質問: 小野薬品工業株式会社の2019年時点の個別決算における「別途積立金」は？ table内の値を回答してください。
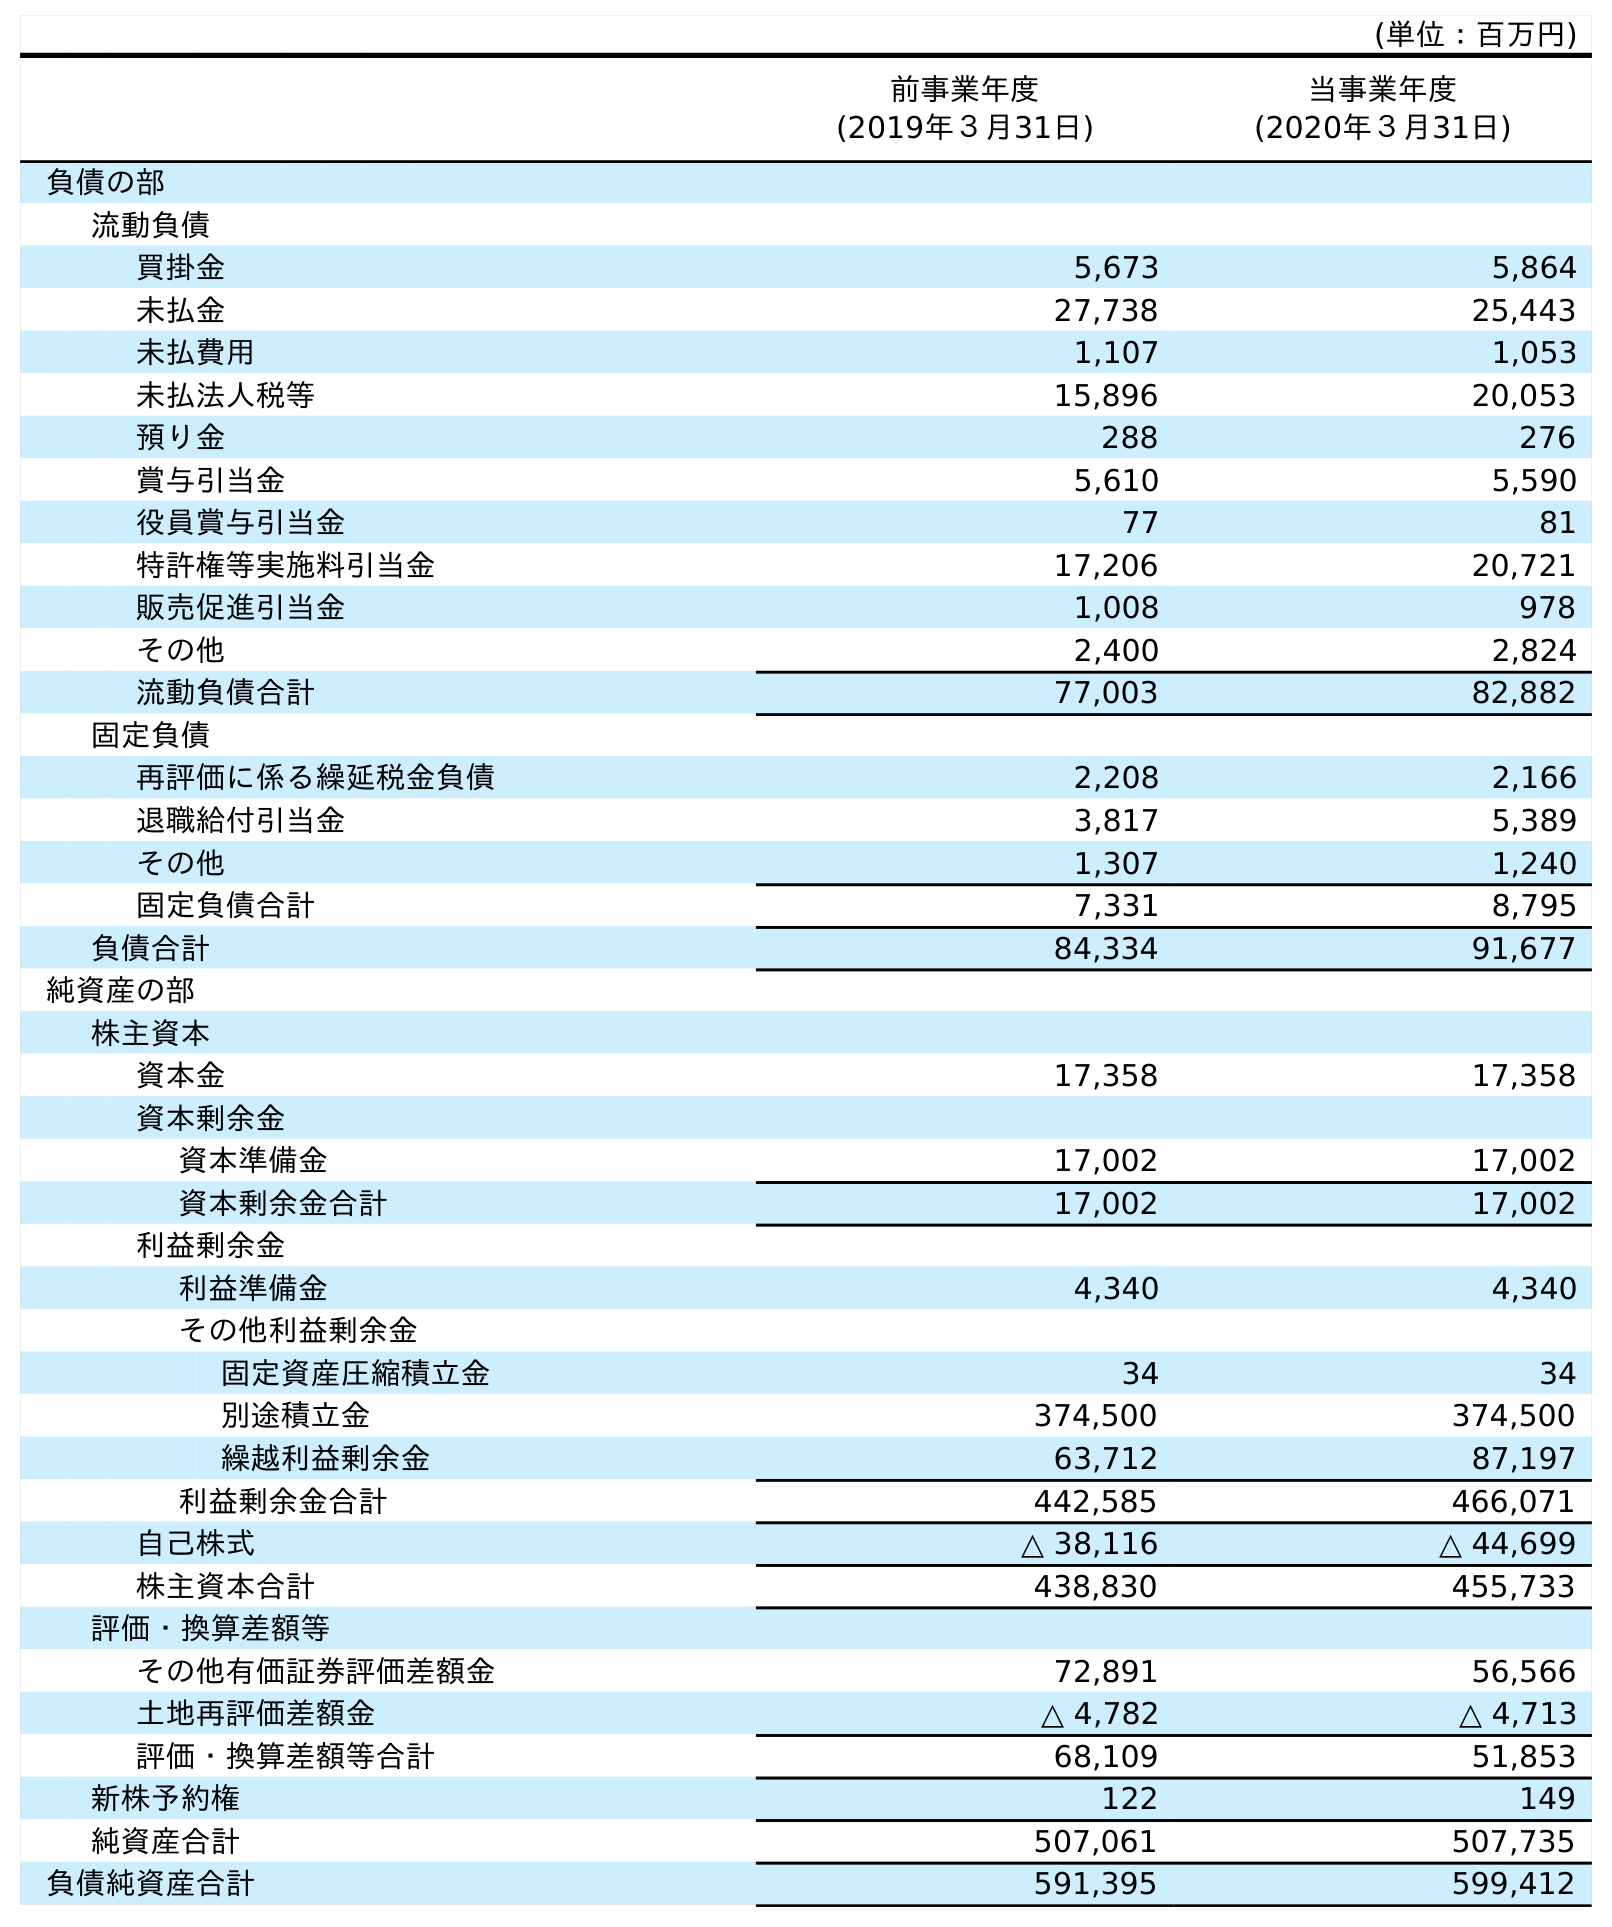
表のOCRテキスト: (単位：百万円) 前事業年度 (2019年３月31日) 当事業年度 (2020年３月31日) 負債の部 流動負債 買掛金 5,673 5,864 未払金 27,738 25,443 未払費用 1,107 1,053 未払法人税等 15,896 20,053 預り金 288 276 賞与引当金 5,610 5,590 役員賞与引当金 77 81 特許権等実施料引当金 17,206 20,721 販売促進引当金 1,008 978 その他 2,400 2,824 流動負債合計 77,003 82,882 固定負債 再評価に係る繰延税金負債 2,208 2,166 退職給付引当金 3,817 5,389 その他 1,307 1,240 固定負債合計 7,331 8,795 負債合計 84,334 91,677 純資産の部 株主資本 資本金 17,358 17,358 資本剰余金 資本準備金 17,002 17,002 資本剰余金合計 17,002 17,002 利益剰余金 利益準備金 4,340 4,340 その他利益剰余金 固定資産圧縮積立金 34 34 別途積立金 374,500 374,500 繰越利益剰余金 63,712 87,197 利益剰余金合計 442,585 466,071 自己株式 △ 38,116 △ 44,699 株主資本合計 438,830 455,733 評価・換算差額等 その他有価証券評価差額金 72,891 56,566 土地再評価差額金 △ 4,782 △ 4,713 評価・換算差額等合計 68,109 51,853 新株予約権 122 149 純資産合計 507,061 507,735 負債純資産合計 591,395 599,412
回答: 374,500